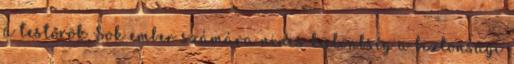
a testőrök Sok ember számára nincs különbség a biztonsági